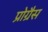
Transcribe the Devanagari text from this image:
प्रोग्रैस